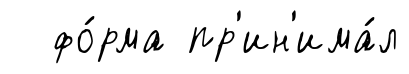
фо́рма пр'ин'има́л